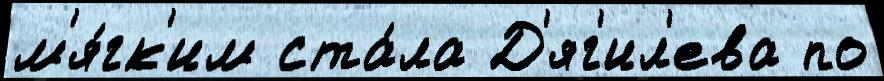
м'я́гк'им ста́ла Д'яг'ил'ева по